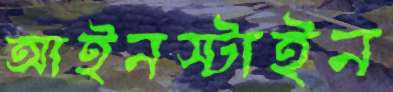
আইনস্টাইন